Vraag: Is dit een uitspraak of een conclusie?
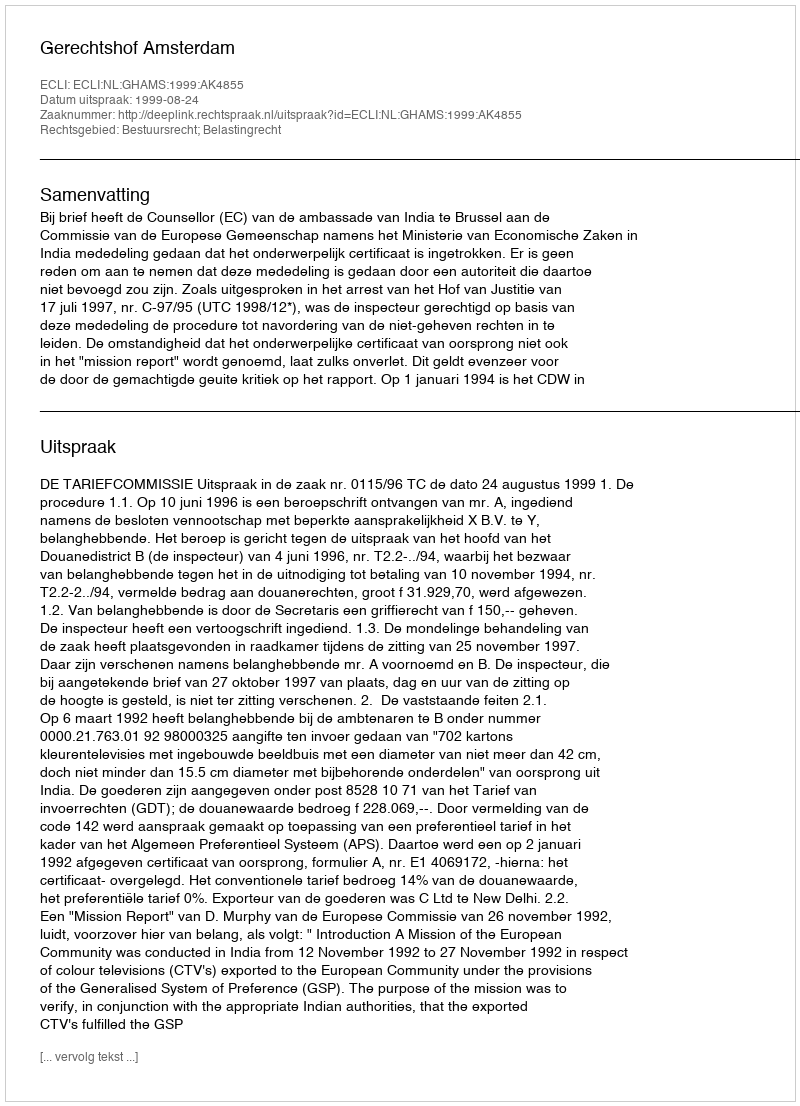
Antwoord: Uitspraak